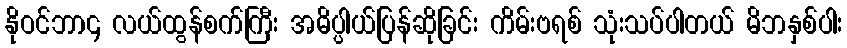
နိုဝင်ဘာ၄ လယ်ထွန်စက်ကြီး အဓိပ္ပါယ်ပြန်ဆိုခြင်း ကိမ်းဗရစ် သုံးသပ်ပါတယ် မိဘနှစ်ပါး